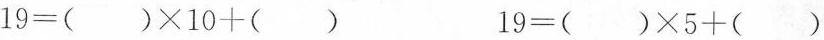
$$ 19 = () \times 10 + () $$ $$ 19 = () \times5 + () $$